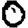
Digit: 0